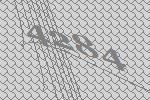
4284